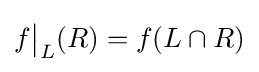
f{\big \vert }_{L}(R)=f(L\cap R)